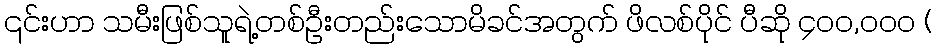
၎င်းဟာ သမီးဖြစ်သူရဲ့တစ်ဦးတည်းသောမိခင်အတွက် ဖိလစ်ပိုင် ပီဆို ၄၀၀,ဝဝဝ (